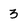
Character: 3